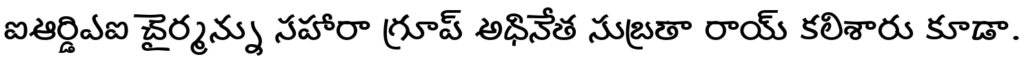
ఐఆర్డిఎఐ చైర్మన్ను సహారా గ్రూప్ అధినేత సుబ్రతా రాయ్ కలిశారు కూడా.